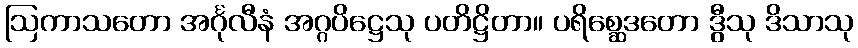
ဩကာသတော အင်္ဂုလီနံ အဂ္ဂပိဋ္ဌေသု ပတိဋ္ဌိတာ။ ပရိစ္ဆေဒတော ဒွီသု ဒိသာသု